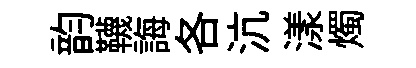
韵韈誨各沆漾燭